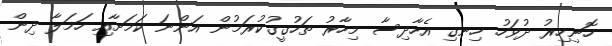
ހޮނިހިރު ދުވަހު ހިނގި އެހާދިސާ މިހާރު ތަހުގީގުކުރަމުން އަންނަ ކަމަށާއި ހަމަލާ ދިން